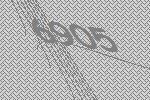
6905